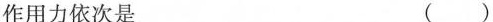
作用力依次是 ( )